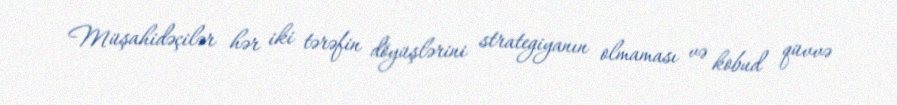
Müşahidəçilər hər iki tərəfin döyüşlərini strategiyanın olmaması və kobud qüvvə